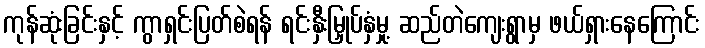
ကုန်ဆုံးခြင်းနှင့် ကွာရှင်းပြတ်စဲရန် ရင်းနှီးမြှုပ်နှံမှု့ ဆည်တဲကျေးရွာမှ ဖယ်ရှားနေကြောင်း